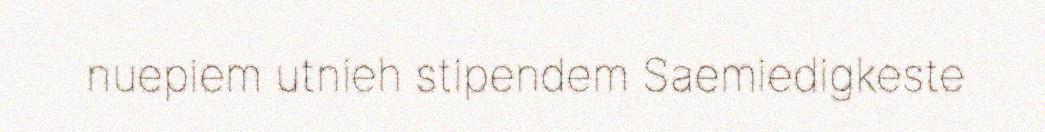
nuepiem utnieh stipendem Saemiedigkeste